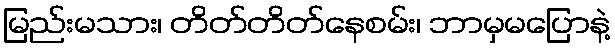
မြည်းမသား၊ တိတ်တိတ်နေစမ်း၊ ဘာမှမပြောနဲ့